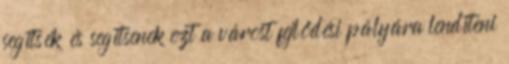
segítsék és segítsenek ezt a várost fejlődési pályára lendíteni